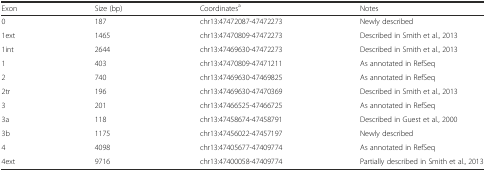
<table><thead><tr><td><b>Exon</b></td><td><b>Size (bp)</b></td><td><b>Coordinates<sup>a</sup></b></td><td><b>Notes</b></td></tr></thead><tbody><tr><td>0</td><td>187</td><td>chr13:47472087-47472273</td><td>Newly described</td></tr><tr><td>1ext</td><td>1465</td><td>chr13:47470809-47472273</td><td>Described in Smith et al., 2013</td></tr><tr><td>1int</td><td>2644</td><td>chr13:47469630-47472273</td><td>Described in Smith et al., 2013</td></tr><tr><td>1</td><td>403</td><td>chr13:47470809-47471211</td><td>As annotated in RefSeq</td></tr><tr><td>2</td><td>740</td><td>chr13:47469630-47469825</td><td>As annotated in RefSeq</td></tr><tr><td>2tr</td><td>196</td><td>chr13:47469630-47470369</td><td>Described in Smith et al., 2013</td></tr><tr><td>3</td><td>201</td><td>chr13:47466525-47466725</td><td>As annotated in RefSeq</td></tr><tr><td>3a</td><td>118</td><td>chr13:47458674-47458791</td><td>Described in Guest et al., 2000</td></tr><tr><td>3b</td><td>1175</td><td>chr13:47456022-47457197</td><td>Newly described</td></tr><tr><td>4</td><td>4098</td><td>chr13:47405677-47409774</td><td>As annotated in RefSeq</td></tr><tr><td>4ext</td><td>9716</td><td>chr13:47400058-47409774</td><td>Partially described in Smith et al., 2013</td></tr></tbody></table>